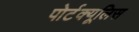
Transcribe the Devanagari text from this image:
पोर्टक्यूलिस